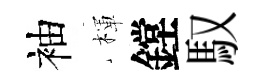
袖楎鏜馭